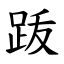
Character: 䟦